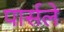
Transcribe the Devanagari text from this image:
पार्सले